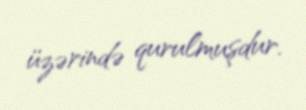
üzərində qurulmuşdur.